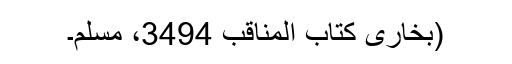
(بخاری کتاب المناقب 3494، مسلم۔